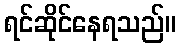
ရင်ဆိုင်နေရသည်။